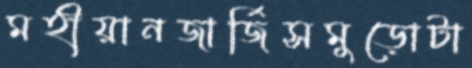
মহীয়ানজার্জিসমুড়োটা